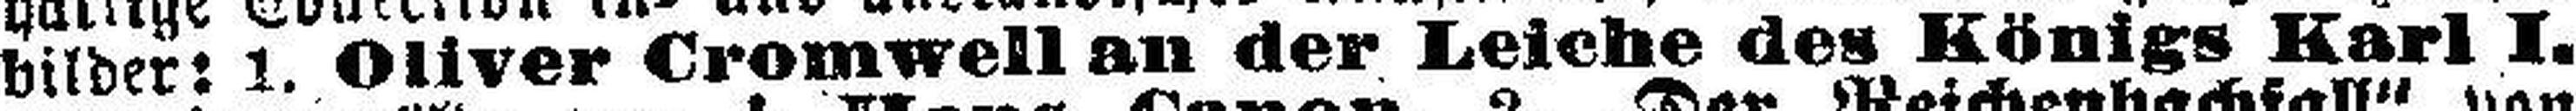
bilder: 1. Oliver Cromwell an der Leiche des Königs Karl I.